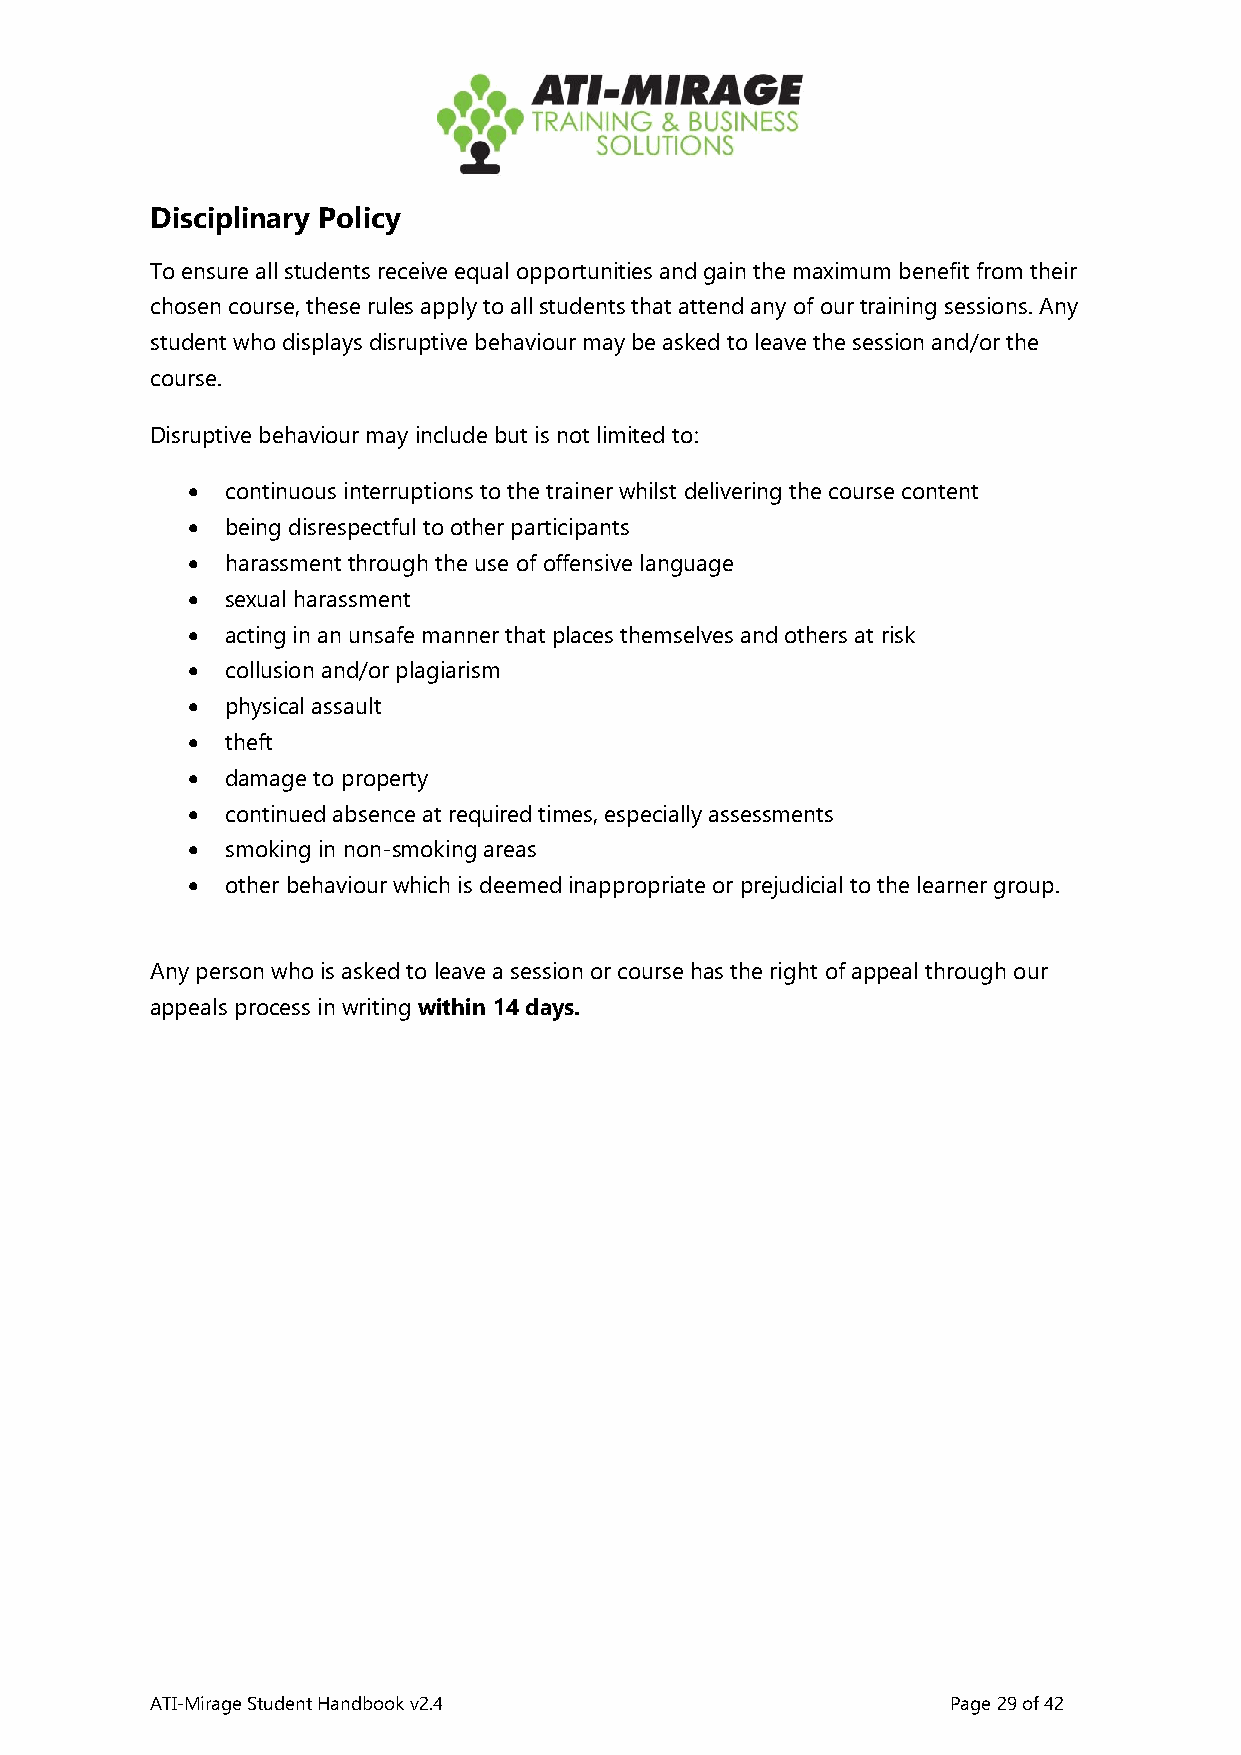
Disciplinary Policy
 To ensure all students receive equal opportunities and gain the maximum benefit from their
 chosen course, these rules apply to all students that attend any of our training sessions. Any
 student who displays disruptive behaviour may be asked to leave the session and/or the
 course.
 Disruptive behaviour may include but is not limited to:
 •  continuous interruptions to the trainer whilst delivering the course content
 •  being disrespectful to other participants
 •  harassment through the use of offensive language
 •  sexual harassment
 •  acting in an unsafe manner that places themselves and others at risk
 •  collusion and/or plagiarism
 •  physical assault
 •  theft
 •  damage to property
 •  continued absence at required times, especially assessments
 •  smoking in non-smoking areas
 •  other behaviour which is deemed inappropriate or prejudicial to the learner group.
 Any person who is asked to leave a session or course has the right of appeal through our
 appeals process in writing within 14 days.
 ATI-Mirage Student Handbook v2.4                     Page 29 of 42